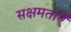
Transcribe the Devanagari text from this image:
सक्षमताएँ